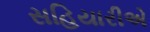
સહિયારીએ